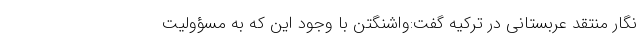
نگار منتقد عربستانی در ترکیه گفت:واشنگتن با وجود این که به مسؤولیت